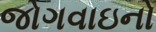
જોગવાઇનો